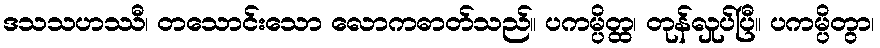
ဒသသဟဿီ၊ တသောင်းသော လောကဓာတ်သည်။ ပကမ္ပိတ္ထ၊ တုန်လှုပ်ပြီ။ ပကမ္ပိတွာ၊